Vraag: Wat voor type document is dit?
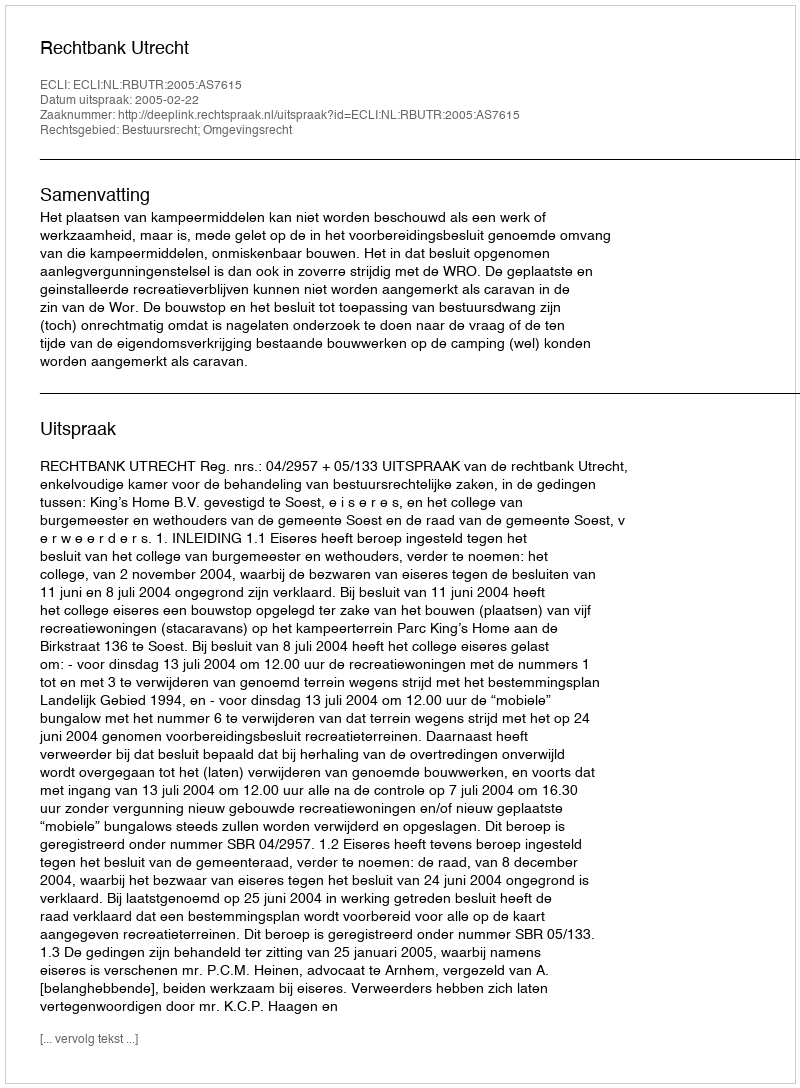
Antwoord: Uitspraak